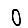
Digit: 0